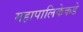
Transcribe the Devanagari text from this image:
महापालिकेकडे